Scientific memoirs by medical officers of the Army of India - Part VII,
Year: 1892
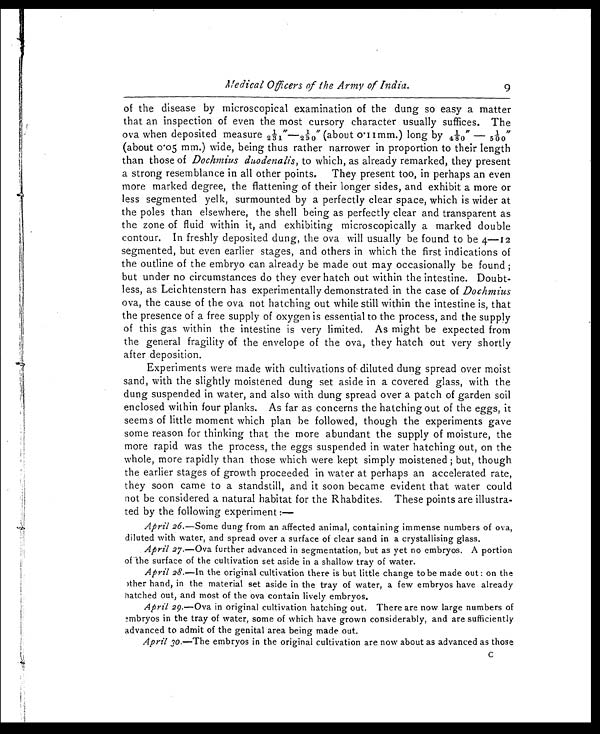
Medical Officers of the Army of India.
of the disease by microscopical examination of the dung so easy a matter
that an inspection of even the most cursory character usually suffices. The
ova when deposi ted measure . 21/31"—1/250" (about 0. 11mm. ) l ong by 1/480"—1/500"
(about 0.05 mm.) wide, being thus rather narrower in proportion to their length
than those of Dochmius duodenalis, to which, as already remarked, they present
a strong resemblance in all other points. They present too, in perhaps an even
more marked degree, the flattening of their longer sides, and exhibit a more or
less segmented yelk, surmounted by a perfectly clear space, which is wider at
the poles than elsewhere, the shell being as perfectly clear and transparent as
the zone of fluid within it, and exhibiting microscopically a marked double
contour. In freshly deposited dung, the ova will usually be found to be 4—12
segmented, but even earlier stages, and others in which the first indications of
the outline of the embryo can already be made out may occasionally be found;
but under no circumstances do they ever hatch out within the intestine. Doubt-
less, as Leichtenstern has experimentally demonstrated in the case of Dochmius
ova, the cause of the ova not hatching out while still within the intestine is, that
the presence of a free supply of oxygen is essential to the process, and the supply
of this gas within the intestine is very limited. As might be expected from
the general fragility of the envelope of the ova, they hatch out very shortly
after deposition.
Experiments were made with cultivations of diluted dung spread over moist
sand, with the slightly moistened dung set aside in a covered glass, with the
dung suspended in water, and also with dung spread over a patch of garden soil
enclosed within four planks. As far as concerns the hatching out of the eggs, it
seems of little moment which plan he followed, though the experiments gave
some reason for thinking that the more abundant the supply of moisture, the
more rapid was the process, the eggs suspended in water hatching out, on the
whole, more rapidly than those which were kept simply moistened; but, though
the earlier stages of growth proceeded in water at perhaps an accelerated rate,
they soon came to a standstill, and it soon became evident that water could
not be considered a natural habitat for the Rhabdites. These points are illustra-
ted by the following experiment : —
April 26.—Some dung from an affected animal, containing immense numbers of ova,
diluted with water, and spread over a surface of clear sand in a crystallising glass.
April 27.—Ova further advanced in segmentation, but as yet no embryos. A portion
of the surface of the cultivation set aside in a shallow tray of water.
April 28.—In the original cultivation there is but little change to be made out : on the
othen hand, in the material set aside in the tray of water, a few embryos have already
hatched out, and most of the ova contain lively embryos.
April 29.—Ova in original cultivation hatching out. There are now large numbers of
embryos in the tray of water, some of which have grown considerably, and are sufficiently
advanced to admit of the genital area being made out.
April 3o.—The embryos in the original cultivation are now about as advanced as those
C
9